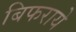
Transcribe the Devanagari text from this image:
बिफराये